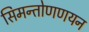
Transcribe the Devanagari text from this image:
सिमन्तोणणयन